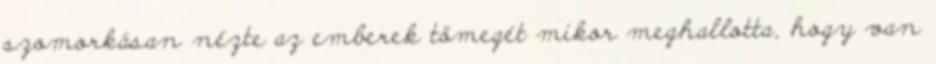
szomorkásan nézte az emberek tömegét mikor meghallotta, hogy van